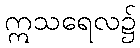
ဣသရေလ၌